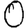
Digit: 0